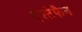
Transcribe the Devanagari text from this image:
एस्टेफैन